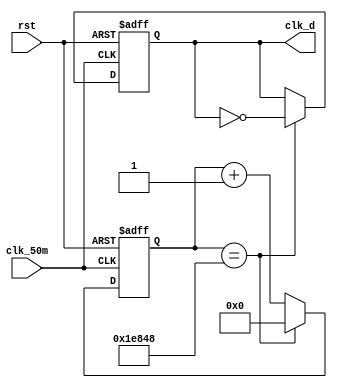
module Frequency_divider_dynamic_scanning( clk_50m,clk_d,rst  );


input clk_50m,rst;

output reg clk_d;



reg [20:0]div_cnt2;


always @ (posedge clk_50m or negedge rst)begin
if(!rst)
div_cnt2<=21'b0;
else if(div_cnt2==125000)
div_cnt2<=21'b0;
else
div_cnt2<=div_cnt2+1'b1;
end


always @ (posedge clk_50m or negedge rst)begin
if(!rst)
clk_d<=1'b0;
else if (div_cnt2==125000)
clk_d<=~clk_d;
else
clk_d<=clk_d;
end
endmodule